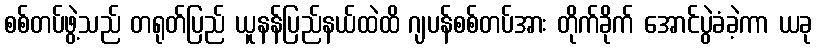
စစ်တပ်ဖွဲ့သည် တရုတ်ပြည် ယူနန်ပြည်နယ်ထဲထိ ဂျပန်စစ်တပ်အား တိုက်ခိုက် အောင်ပွဲခံခဲ့ကာ ယခု